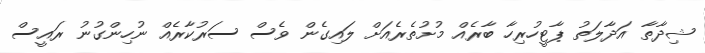
ޝިދާތާ އަދާލަތު ޕާޓީހުރިހާ ބާރެއް މުށުތެރެއަށް ލައިގެން ވެސް ސަރުކާރެއް ނުހިންގުނު ރައީސް